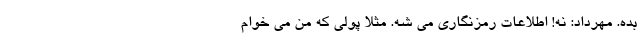
بده. مهرداد: نه! اطلاعات رمزنگاری می شه. مثلاً پولی که من می خوام